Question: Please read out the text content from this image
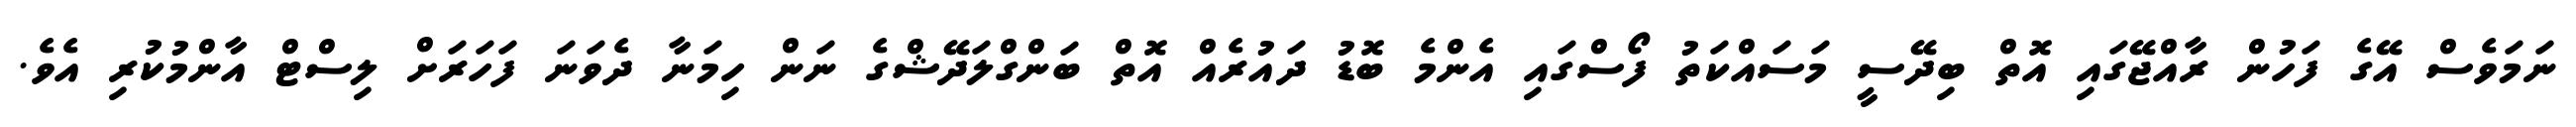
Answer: ނަމަވެސް އޭގެ ފަހުން ރާއްޖޭގައި އޮތް ބިދޭސީ މަސައްކަތު ފޯސްގައި އެންމެ ބޮޑު ދައުރެއް އޮތް ބަންގްލަދޭޝްގެ ނަން ހިމަނާ ދެވަނަ ފަހަރަށް ލިސްޓް އާންމުކުރި އެވެ.